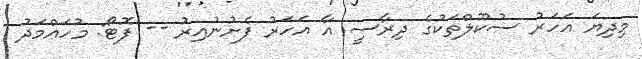
މިދިޔަ އަަހަރު ސުކޫލްތަކުގެ ދިރާސީ އާ އަހަރު ފެށުނުއިރު -- ފޮޓޯ: މުހައްމަދު